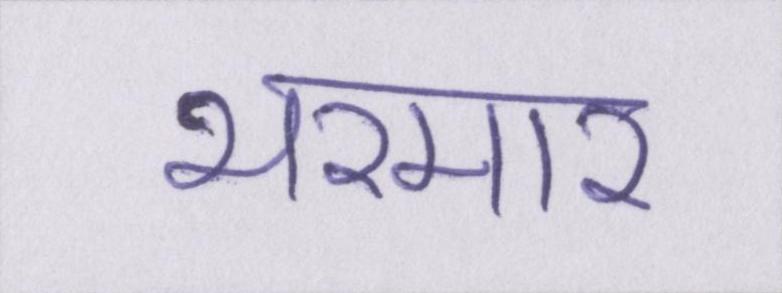
भरमार